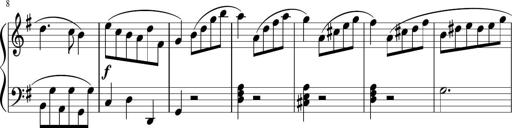
Title: 12 Keyboard Sonatinas
Composer: James Hook